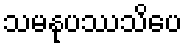
သမနုပဿသိပေ